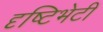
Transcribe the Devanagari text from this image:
दृष्टिभेटी